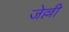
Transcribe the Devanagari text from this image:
जेल्ली